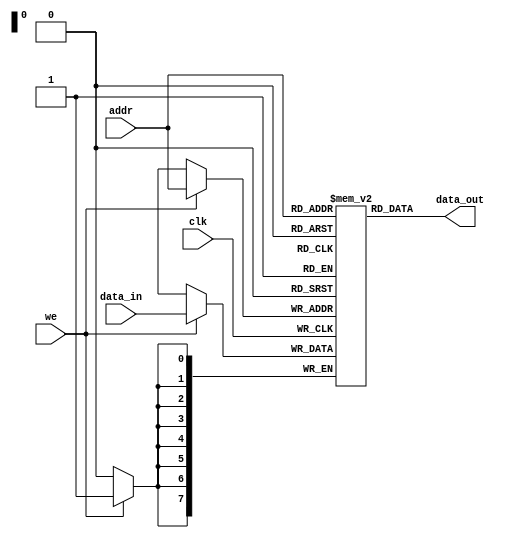
module instr_mem
(
 input 	      clk,we,
 input [7:0] addr,data_in,
 output [7:0] data_out
);
   //synthesis attribute ram_style of mem is distributed
   reg [7:0]   mem[0:255];

   initial begin
      // ZERO @0, X @1, Y @2, NEGN @3, N @4, ONE @5
      mem[0] = 8'b11_000000;
      // LOOP: LD Y
      mem[1] = 8'b00_000010;
      // LD X
      mem[2] = 8'b00_000001;
      // SUB (X-Y)
      mem[3] = 8'b10_000001;
      // ST X
      mem[4] = 8'b01_000001;
      // LD NEGN
      mem[5] = 8'b00_000011;
      // BNEG DONE
      mem[6] = 8'b11_001010;
      // DECR (NEGN)
      mem[7] = 8'b10_000011;
      // ST NEGN
      mem[8] = 8'b01_000011;
      // BNEG LOOP
      mem[9] = 8'b11_000001;
      // DONE: LD 0
      mem[10] = 8'b00_000000;
      // SUB (0-NEGN)
      mem[11] = 8'b10_000001;
      // ST N
      mem[12] = 8'b01_000100;
      // LD 0
      mem[13] = 8'b00_000000;
      // DECR
      mem[14] = 8'b10_000011;
      // BNEG STOP
      mem[15] = 8'b11_000000;
   end

   always @(posedge clk)
      if (we)
        mem[addr] <= data_in;
   
   assign data_out = mem[addr];
   
endmodule // instr_mem